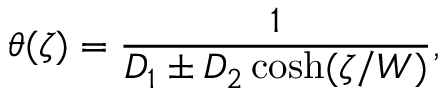
\theta ( \zeta ) = \frac { 1 } { D _ { 1 } \pm D _ { 2 } \cosh ( \zeta / W ) } ,